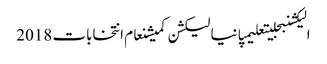
الیکشنبجلیتعلیمپانیالیکشن کمیشنعام انتخابات 2018